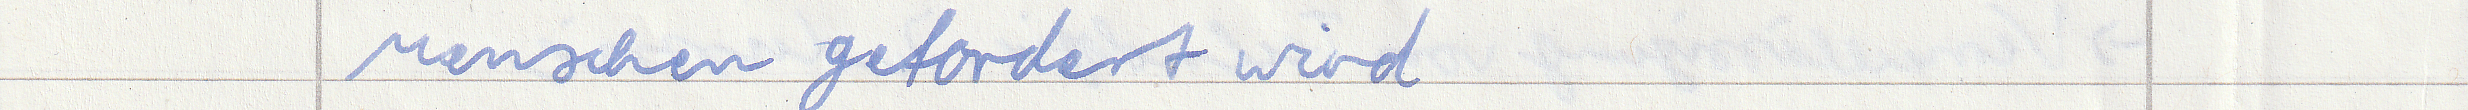
Menschen gefordert wird